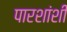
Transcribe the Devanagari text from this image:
पारशांशी